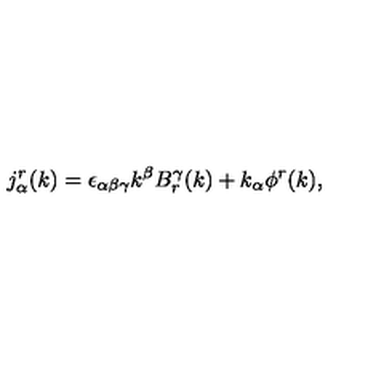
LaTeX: j _ { \alpha } ^ { r } ( k ) = \epsilon _ { \alpha \beta \gamma } k ^ { \beta } B _ { r } ^ { \gamma } ( k ) + k _ { \alpha } \phi ^ { r } ( k ) ,